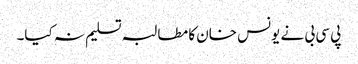
پی سی بی نے یونس خان کا مطالبہ تسلیم نہ کیا۔